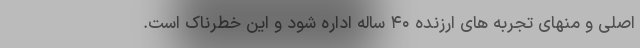
اصلی و منهای تجربه های ارزنده ۴۰ ساله اداره شود و این خطرناک است.